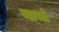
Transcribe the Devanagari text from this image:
नार्था